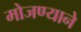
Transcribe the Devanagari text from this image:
मोजण्याने